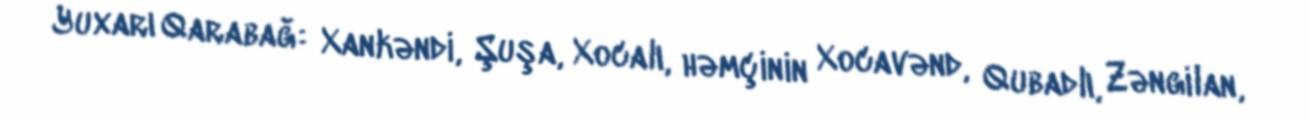
Yuxarı Qarabağ: Xankəndi, Şuşa, Xocalı, həmçinin Xocavənd, Qubadlı, Zəngilan,